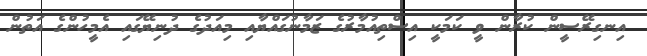
އިނގިރޭސީން ކުރާން ވީ ކަމަކީ އިސްތިއުމާރުގެ ޒަމާނުގައްޔާއި މިއަދުގެ ދުނިޔޭގައި އެމީހުންގެ އަތުން